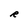
Character: R